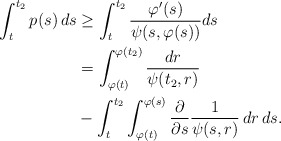
\begin{align*}\int_{t}^{t_2}{p(s) \, ds}&\ge \int_{t}^{t_2}{\dfrac{\varphi'(s)}{\psi(s,\varphi(s))}ds}\\&= \int_{\varphi(t)}^{\varphi(t_2)}{\dfrac{dr}{\psi(t_2,r)}} \\& \mbox{} -\int_t^{t_2} \int_{\varphi(t)}^{\varphi(s)}\dfrac{\partial}{\partial s}\dfrac{1}{\psi(s,r)} \, dr \,ds.\\\end{align*}